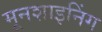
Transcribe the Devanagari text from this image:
मूनशाइनिंग